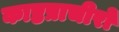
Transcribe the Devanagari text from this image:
काष्ठप्राचीरों